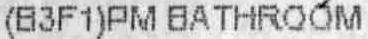
(B3F1)PM BATHROOM